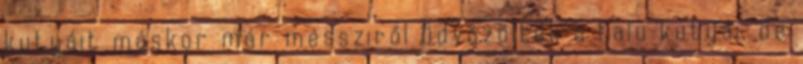
kutyáit máskor már messziről üdvözölték a falu kutyái, de